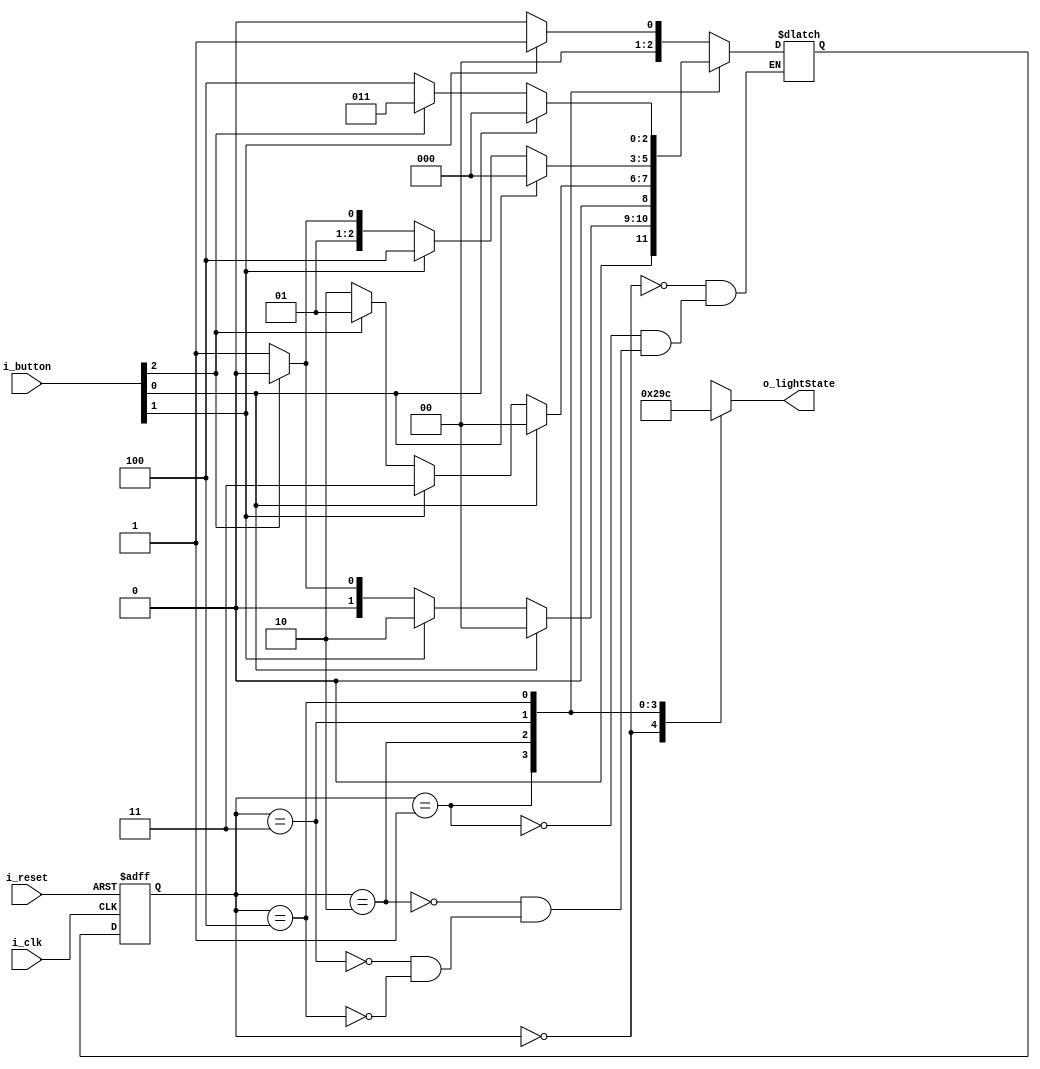
`timescale 1ns / 1ps

module FSM
(
    input i_clk,
    input i_reset,
    input [2:0] i_button,
    output [2:0] o_lightState
);
    parameter S_LED_0 = 3'd0,
              S_LED_1 = 3'd1,
              S_LED_2 = 3'd2,
              S_LED_3 = 3'd3,
              S_LED_4 = 3'd4;



    reg [2:0] curState, nextState;
    reg [2:0] r_lightState;

    assign o_lightState = r_lightState;

    always @(posedge i_clk or posedge i_reset) begin
        if (i_reset) curState <= S_LED_0;
        else         curState <= nextState;
    end

    always @(curState or i_button) begin
        case (curState)
            S_LED_0 : begin
                if (i_button[1]) nextState <= S_LED_1;
                else             nextState <= S_LED_0;
            end

            S_LED_1 : begin
                if (i_button[0])       nextState <= S_LED_0;
                else if (i_button [1]) nextState <= S_LED_2;
                else if (i_button [2]) nextState <= S_LED_0;
                else                   nextState <= S_LED_1;
            end

            S_LED_2 : begin
                if (i_button[0])       nextState <= S_LED_0;
                else if (i_button [1]) nextState <= S_LED_3;
                else if (i_button [2]) nextState <= S_LED_1;
                else                   nextState <= S_LED_2;
            end
            S_LED_3 : begin
                if (i_button[0])       nextState <= S_LED_0;
                else if (i_button [1]) nextState <= S_LED_4;
                else if (i_button [2]) nextState <= S_LED_2;
                else                   nextState <= S_LED_3;
            end

            S_LED_4 : begin
                if (i_button[0])       nextState <= S_LED_0;
                else if (i_button [2]) nextState <= S_LED_3;
                else                   nextState <= S_LED_4;
            end
        endcase
    end

    always @(curState) begin
        r_lightState <= 3'bxxx;

        case (curState)
            S_LED_0 : r_lightState <= 3'd0;
            S_LED_1 : r_lightState <= 3'd1;
            S_LED_2 : r_lightState <= 3'd2;
            S_LED_3 : r_lightState <= 3'd3;
            S_LED_4 : r_lightState <= 3'd4;
        endcase
    end
endmodule